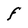
Character: f